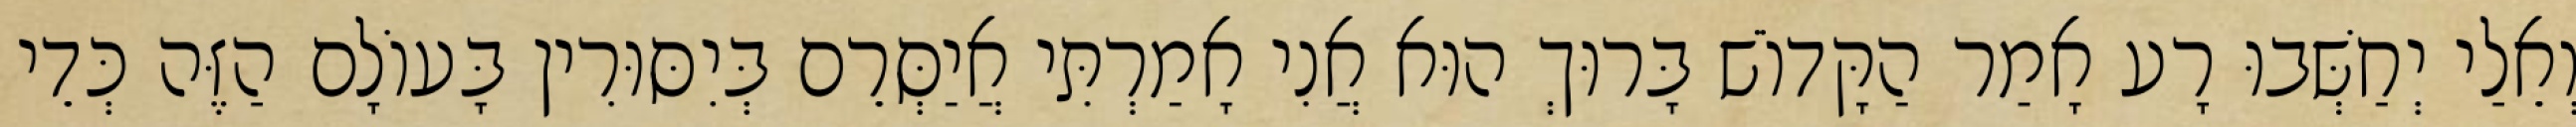
וְאֵלַי יְחַשְּׁבוּ רָע אָמַר הַקָּדוֹשׁ בָּרוּךְ הוּא אֲנִי אָמַרְתִּי אֲיַסְּרֵם בְּיִסּוּרִין בָּעוֹלָם הַזֶּה כְּדֵי